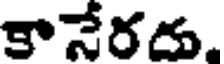
కానేరదు.